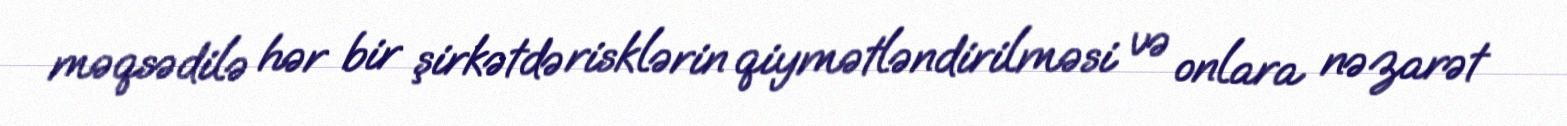
məqsədilə hər bir şirkətdə risklərin qiymətləndirilməsi və onlara nəzarət